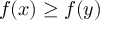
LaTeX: f \! \left( x \right) \geq f \! \left( y \right)